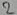
Text: 2